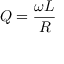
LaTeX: Q = { \frac { \omega L } { R } }